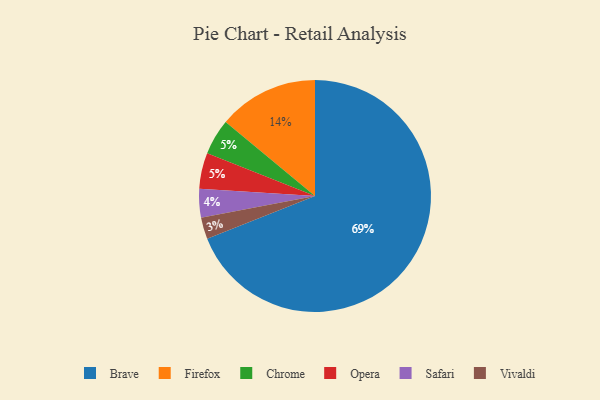
{"axis": {"x": "Category", "y": "Percentage"}, "legend": ["Brave", "Chrome", "Firefox", "Opera", "Safari", "Vivaldi"], "data": [{"x": "Chrome", "y": 5, "type": "Chrome"}, {"x": "Vivaldi", "y": 3, "type": "Vivaldi"}, {"x": "Brave", "y": 69, "type": "Brave"}, {"x": "Firefox", "y": 14, "type": "Firefox"}, {"x": "Opera", "y": 5, "type": "Opera"}, {"x": "Safari", "y": 4, "type": "Safari"}]}